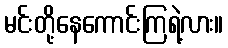
မင်းတို့နေကောင်းကြရဲ့လား။